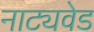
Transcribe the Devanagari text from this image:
नाट्यवेड